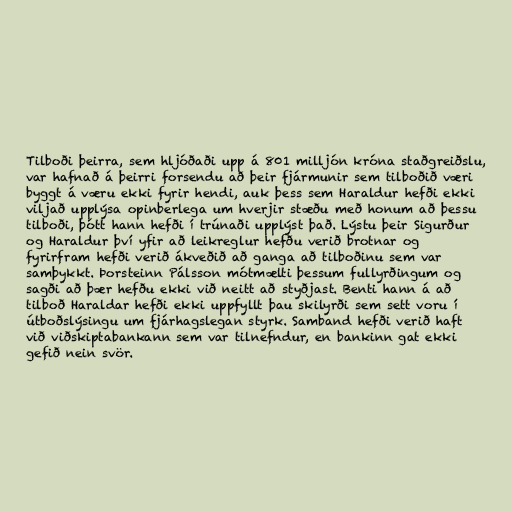
Tilboði þeirra, sem hljóðaði upp á 801 milljón króna staðgreiðslu,
var hafnað á þeirri forsendu að þeir fjármunir sem tilboðið væri
byggt á væru ekki fyrir hendi, auk þess sem Haraldur hefði ekki
viljað upplýsa opinberlega um hverjir stæðu með honum að þessu
tilboði, þótt hann hefði í trúnaði upplýst það. Lýstu þeir Sigurður
og Haraldur því yfir að leikreglur hefðu verið brotnar og
fyrirfram hefði verið ákveðið að ganga að tilboðinu sem var
samþykkt. Þorsteinn Pálsson mótmælti þessum fullyrðingum og
sagði að þær hefðu ekki við neitt að styðjast. Benti hann á að
tilboð Haraldar hefði ekki uppfyllt þau skilyrði sem sett voru í
útboðslýsingu um fjárhagslegan styrk. Samband hefði verið haft
við viðskiptabankann sem var tilnefndur, en bankinn gat ekki
gefið nein svör.